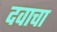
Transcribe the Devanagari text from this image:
दवाचा